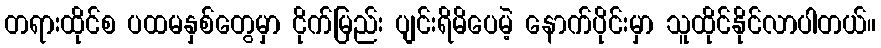
တရားထိုင်စ ပထမနှစ်တွေမှာ ငိုက်မြည်း ပျင်းရိမိပေမဲ့ နောက်ပိုင်းမှာ သူထိုင်နိုင်လာပါတယ်။